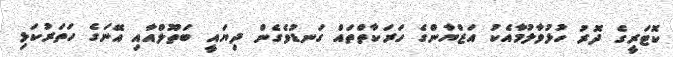
ކޮޓަރީގެ ދޮރު ހުޅުވާލުމާއެކު އަޒްޔާންގެ ހަރަކާތްތައް ގަނޑުވެގެން ދިޔައީ ބަތޫލްއާއި އޭނަގެ ހަތަރުކަޅި